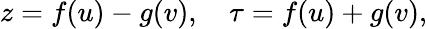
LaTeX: z=f(u)-g(v),\quad\tau=f(u)+g(v),